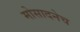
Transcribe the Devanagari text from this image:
मोसादनेच